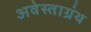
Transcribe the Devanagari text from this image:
अवेस्ताग्रंथ